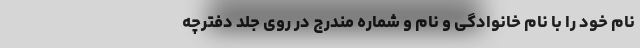
نام خود را با نام خانوادگی و نام و شماره مندرج در روی جلد دفترچه